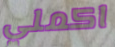
اكملي